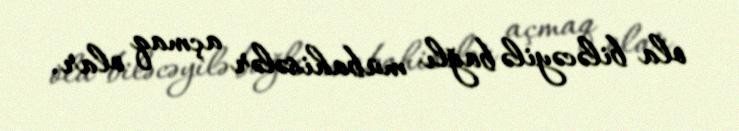
ola biləcəyilə bağlı mübahisələr açmaq olar.